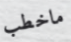
ماخطب